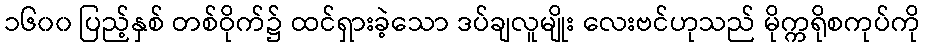
၁၆၀၀ ပြည့်နှစ် တစ်ဝိုက်၌ ထင်ရှားခဲ့သော ဒပ်ချလူမျိုး လေးဗင်ဟုသည် မိုက္ကရိုစကုပ်ကို